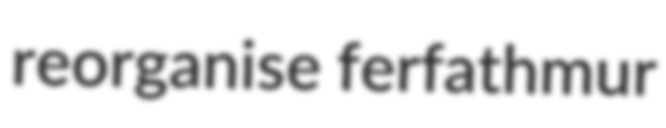
reorganise ferfathmur